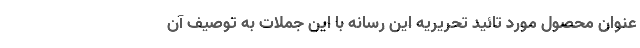
عنوان محصول مورد تائید تحریریه این رسانه با این جملات به توصیف آن